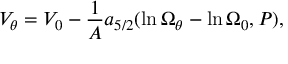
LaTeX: V _ { \theta } = V _ { 0 } - { \frac { 1 } { \cal A } } a _ { 5 / 2 } ( \ln \Omega _ { \theta } - \ln \Omega _ { 0 } , P ) ,